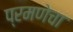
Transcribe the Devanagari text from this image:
प्रमणेचा